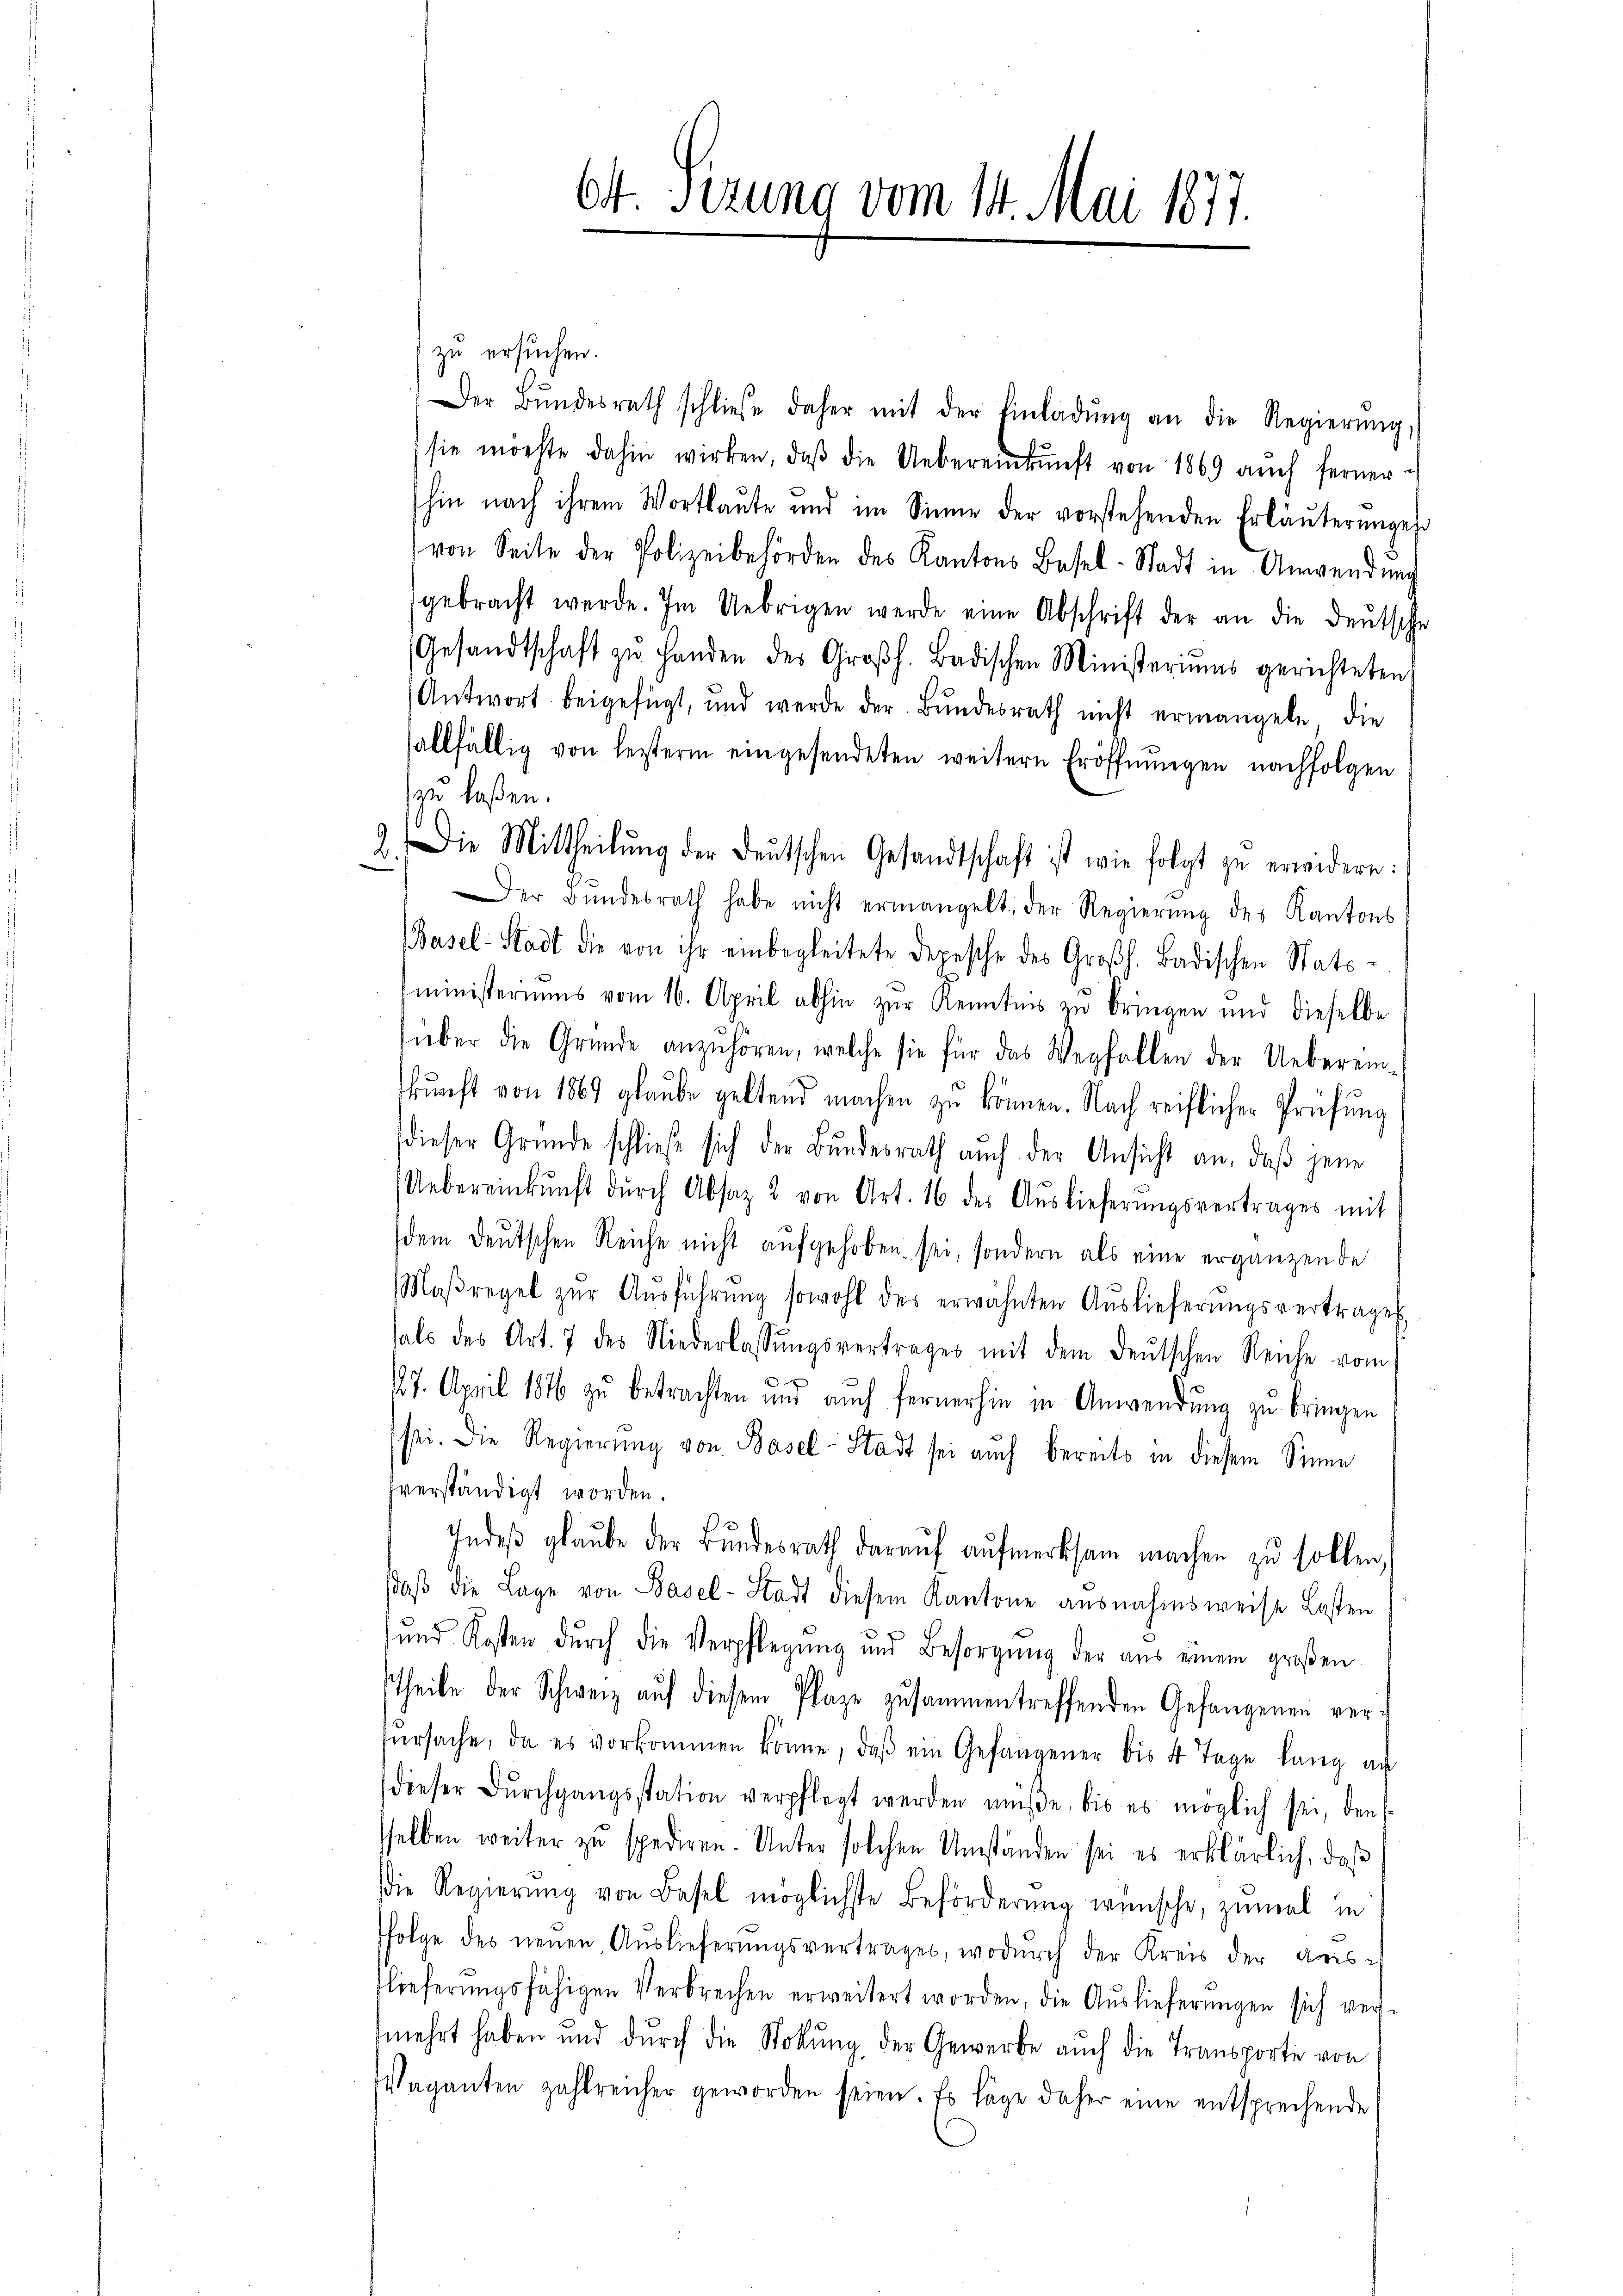
zu ersuchen.
Der Bŭndesrath schließe daher mit der Einladŭng an die Regierŭng,
sie möchte dahin wirken, daβ die Uebereinkunft von 1869 aŭch ferner
hin nach ihrem Wortlaŭte und im Sinne der vorstehenden Erläuterunges
von Seite der Polizeibehörden des Kantons Basel-Stadt in Anwendung
gebracht werde. Im Uebrigen werde eine Abschrift der an die Deutsche
Gesandtschaft zŭ handen des Großh. Badischen Ministeriums gerichteten
Antwort beigefügt, und werde der Bŭndesrath nicht ermangeln, die
allfällig von leisterm eingesendeten weitern Eröffnungen nachfolgen
zu laßen.
Der Bŭndesrath habe nicht ermangelt, der Regierŭng des Kantons
(Basel-Stadt die von ihr einbegleitete Depesche des Großh. Badischen Stats-
ministeriums vom 16. April abhin zur Kenntnis zu bringen und dieselbe
über die Gründe anzuhören, welche sie für das Wegfallen der Ueberein-
kunft von 1869 glaube geltend machen zu können. Nach reiflicher Prüfung
dieser Gründe schließ sich der Bŭndesrath aŭch der Ansicht an, daβ jene
Uebereinkunft dŭrch Absaz 2 von Art. 16 des Aŭslieferŭngsvertrages mit
dem deutschen Reiche nicht aufgehoben sei, sondern als eine ergänzende
Maßregel zŭr Aŭsführŭng sowohl des erwähnten Aŭslieferŭngsvertrages
als des Art. 7 des Niederlassŭngsvertrages mit dem deŭtschen Reiche vom
127. April 1876 zŭ betrachten und auch fernerhin in Anwendŭng zŭ bringen
sei. Die Regierŭng von Basel-Stadt sei auch bereits in diesem Sinne
dverständigt worden.
Indes glaube der Bŭndesrath daraŭf aŭfmerksam machen zu sollen,
daβ die Lage von Basel-Stadt diesem Kantone ausnahmsweise Lasten
und Kosten dŭrch die Verpflegŭng und Besorgŭng der aus einem großen
theile der Schweiz auf diesem Plaze zusammentreffenden Gefangenen verŭrsache, da es vorkommen könne, daβ ein Gefangener bis 4 Tage lang an
dieser Dŭrchgangsstation verpflegt werden müße, bis es möglich sei, den
selben weiter zŭ spediren. Unter solchen Umständen sei es erklärlich, daβ
die Regierŭng von Basel möglichste Beförderŭng wünsche, zumal in
ffolge des neuen Auslieferŭngsvertrages, wodŭrch der Kreis der Kreisflieferungsfähigen Verbrechen erweitert worden, die Auslieferungen sich versmehrt haben und dŭrch die Stollŭng der Gewerbe aŭch die Transporte von
Vaganten zahlreicher geworden seien. Es läge daher eine entsprechende

Ott. Sizung vom 14. Mai 1877.

2. Die Mittheilŭng der deŭtschen Gesandtschaft ist wie folgt zu erwidern: